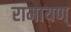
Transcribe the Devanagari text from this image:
रामायण्